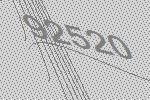
92520